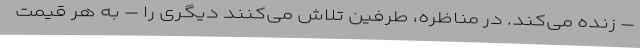
– زنده می‌کند. در مناظره، طرفین تلاش می‌کنند دیگری را – به هر قیمت